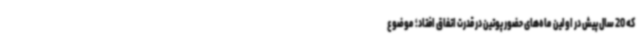
که 20 سال پیش در اولین ماه‌های حضور پوتین در قدرت اتفاق افتاد؛ موضوع